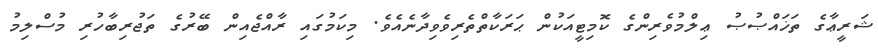
ޝަރީޢާގެ ތަޚައްޞުޞު ޢިލްމުވެރިންގެ ކޮމިޓީއަކުން ޙަރަކާތްތެރިވެވިދާނެއެވެ. މިކަމުގައި ރާއްޖެއިން ބޭރުގެ ތަޖުރިބާހުރި މުސްލިމު